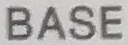
BASE